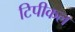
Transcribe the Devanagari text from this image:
टिपीकल